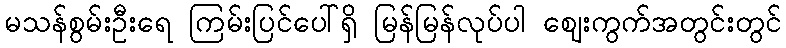
မသန်စွမ်းဦးရေ ကြမ်းပြင်ပေါ်ရှိ မြန်မြန်လုပ်ပါ ဈေးကွက်အတွင်းတွင်